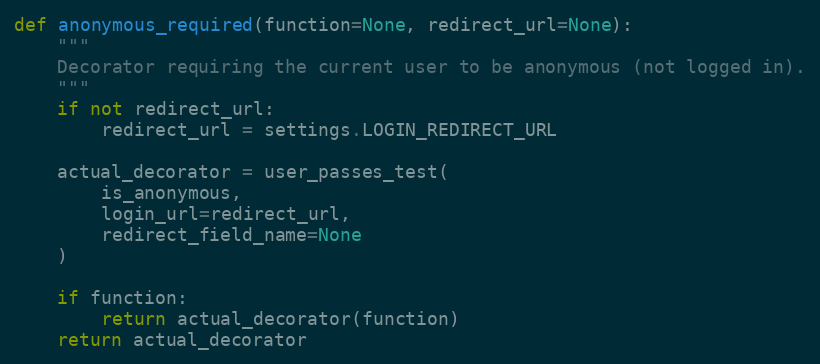
Language: Python
def anonymous_required(function=None, redirect_url=None):
    """
    Decorator requiring the current user to be anonymous (not logged in).
    """
    if not redirect_url:
        redirect_url = settings.LOGIN_REDIRECT_URL

    actual_decorator = user_passes_test(
        is_anonymous,
        login_url=redirect_url,
        redirect_field_name=None
    )

    if function:
        return actual_decorator(function)
    return actual_decorator